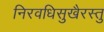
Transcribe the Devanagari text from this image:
निरवधिसुखैरस्तु